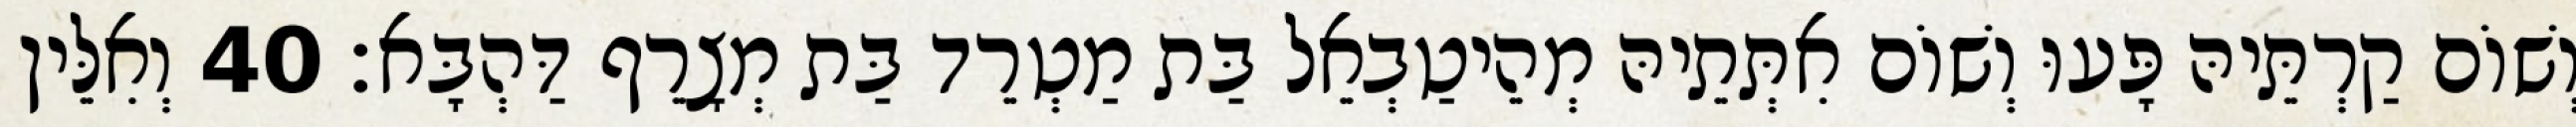
וְשׁוֹם קַרְתֵּיהּ פָּעוּ וְשׁוֹם אִתְּתֵיהּ מְהֵיטַבְאֵל בַּת מַטְרֵד בַּת מְצָרֵף דַּהְבָּא׃ 40 וְאִלֵּין